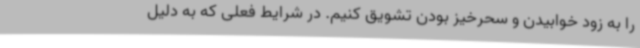
را به زود خوابیدن و سحرخیز بودن تشویق کنیم. در شرایط فعلی که به دلیل